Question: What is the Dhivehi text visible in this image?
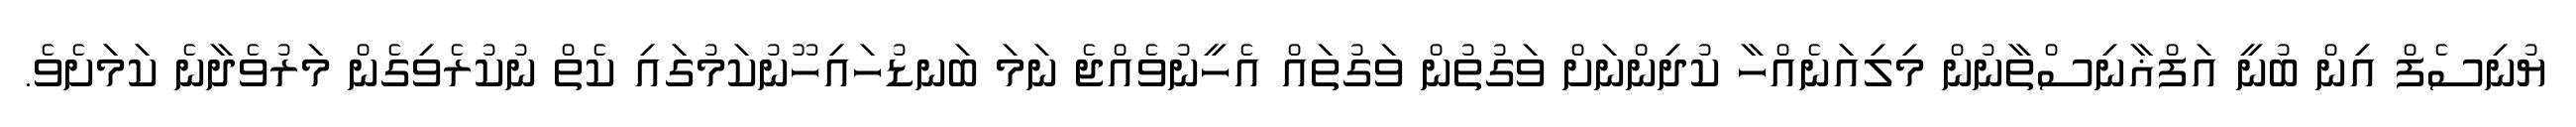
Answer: ޔުނިސެފް އިން ބުނީ އަފްޣާނިސްތާނުން މިލިއަނެއްހާ ކުދިންނަށް ވަގުތުން ވަގުތައް އެހީނުވެއްޖެ ނަމަ ބަނޑުހައިހޫނުކަމުގައި ކެތް ނުކުރެވިގެން މަރުވެދާނެ ކަމަށެވެ.